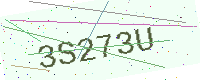
Text: 3S273U